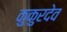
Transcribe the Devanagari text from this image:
कुकुरदेव